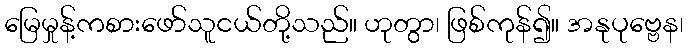
မြေမှုန့်ကစားဖော်သူငယ်တို့သည်။ ဟုတွာ၊ ဖြစ်ကုန်၍။ အနုပုဗ္ဗေန၊